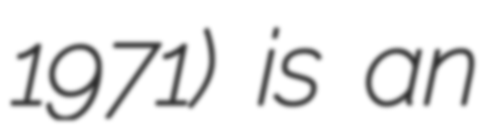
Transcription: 1971) is an